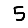
Digit: 5